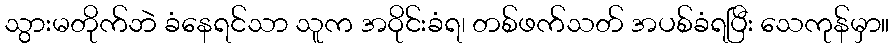
သွားမတိုက်ဘဲ ခံနေရင်သာ သူက အဝိုင်းခံရ၊ တစ်ဖက်သတ် အပစ်ခံရပြီး သေကုန်မှာ။